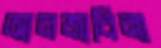
আনজাবিনা